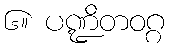
၆။ ပဏ္ဍိတဝဂ္ဂ